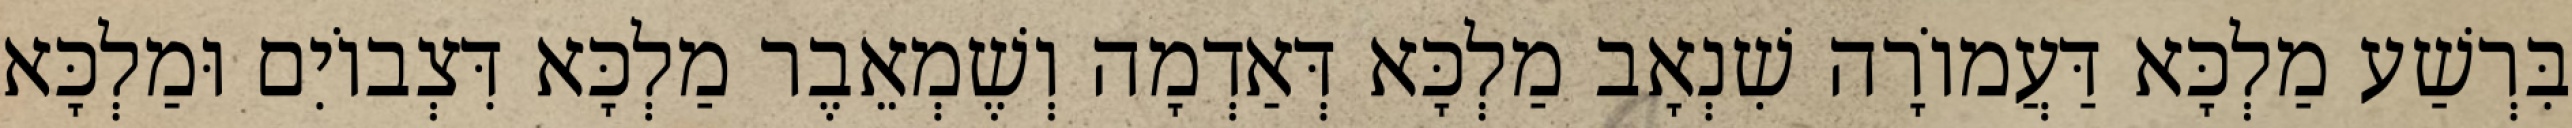
בִּרְשַׁע מַלְכָּא דַּעֲמוֹרָה שִׁנְאָב מַלְכָּא דְּאַדְמָה וְשֶׁמְאֵבֶר מַלְכָּא דִּצְבוֹיִם וּמַלְכָּא